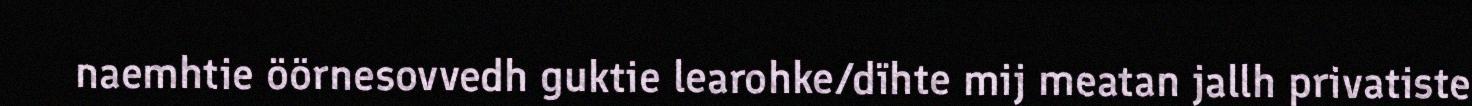
naemhtie öörnesovvedh guktie learohke/dïhte mij meatan jallh privatiste